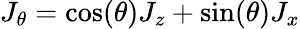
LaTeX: J_{\theta}=\cos(\theta)J_{z}+\sin(\theta)J_{x}